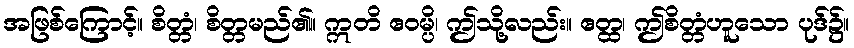
အဖြစ်ကြောင့်။ စိတ္တံ၊ စိတ္တမည်၏။ ဣတိ ဧဝမ္ပိ၊ ဤသို့လည်း။ ဧတ္ထ၊ ဤစိတ္တံဟူသော ပုဒ်၌။